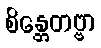
စိန္တေတဗ္ဗာ